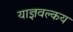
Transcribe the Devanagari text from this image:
याज्ञवल्‍कय